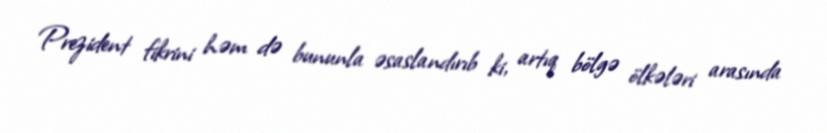
Prezident fikrini həm də bununla əsaslandırıb ki, artıq bölgə ölkələri arasında